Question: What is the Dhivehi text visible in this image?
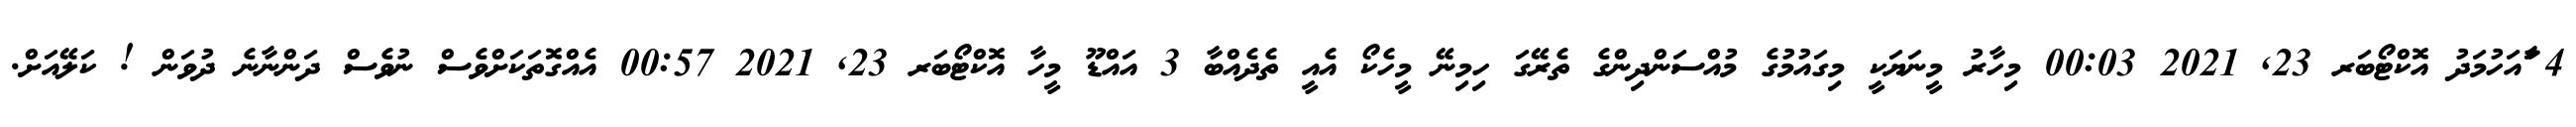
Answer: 4 ާައަހުމަދު އޮކްޓޯބަރ 23, 2021 00:03 މިހާރު މީނަޔަކީ މިގައުމުގެ މުއްސަންދިންގެ ތެރޭގަ ހިމިނޭ މީހެކޯ އެއީ ތެދެއްބާ 3 އައްޑޫ މީހާ އޮކްޓޯބަރ 23, 2021 00:57 އެއްގޮތަކަށްވެސް ނުވެސް ދަންނާނެ ދުވަން ! ކަލޭއަށް.